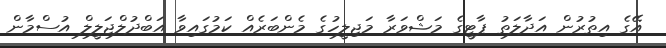
އޭގެ އިތުރުން އަދާލަތު ޕާޓީގެ މަޝްވަރާ މަޖިލީހުގެ މެންބަރެއް ކަމުގައިވާ އަބްދުލްޖަލީލް އުސްމާން